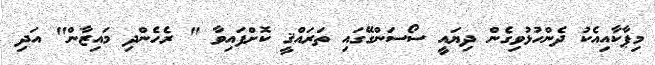
މިޕާކާއިއެކު ދެންހުޅުވިގެން ދިޔައީ ސޯސަންގޭގައި ތަރައްޤީ ކޮށްފައިވާ " ރެހެންދި މައިޒާން" އަދި